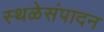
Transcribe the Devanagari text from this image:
स्थळेसंपादन